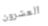
العشرون